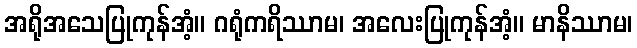
အရိုအသေပြုကုန်အံ့။ ဂရုံကရိဿာမ၊ အလေးပြုကုန်အံ့။ မာနိဿာမ၊